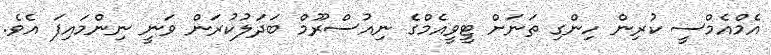
އެމްއެމްސީ ކުރިން ހިންގި ތަނަށް ޓީވީއެމްގެ ނިއުސްރޫމް ބަދަލުކުރަން ވަނީ ނިންމައިފަ އެވެ.